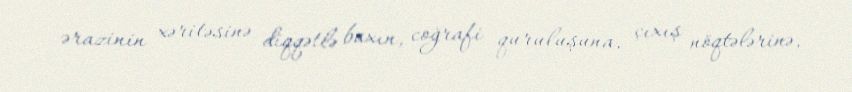
ərazinin xəritəsinə diqqətlə baxın, coğrafi quruluşuna, çıxış nöqtələrinə,